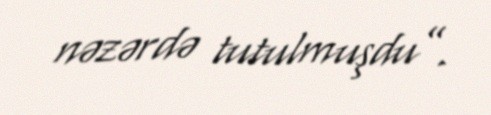
nəzərdə tutulmuşdu”.